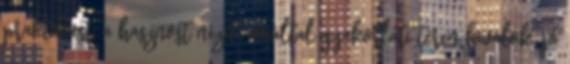
praktikust, a hasznost nézni, miáltal gyakorlati téren kiválók, jó